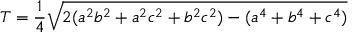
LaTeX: T = { \frac { 1 } { 4 } } { \sqrt { 2 ( a ^ { 2 } b ^ { 2 } + a ^ { 2 } c ^ { 2 } + b ^ { 2 } c ^ { 2 } ) - ( a ^ { 4 } + b ^ { 4 } + c ^ { 4 } ) } }